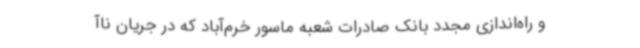
و راه‌اندازی مجدد بانک صادرات شعبه ماسور خرم‌آباد که در جریان ناآ